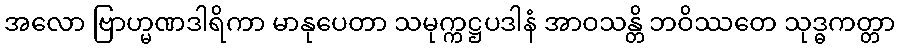
အလော ဗြာဟ္မဏဒါရိကာ မာနုပေတာ သမုက္ကဋ္ဌပဒါနံ အာဝသန္တိ ဘဝိဿတေ သုဒ္ဓကတ္တာ